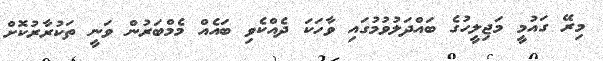
މިރޭ ގައުމީ މަޖިލީހުގެ ބައްދަލުވުމުގައި ވާހަކަ ދެއްކެވި ބައެއް މެމްބަރުން ވަނީ ތަކުރާރުކޮށް